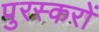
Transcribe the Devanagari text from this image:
पुरस्करों